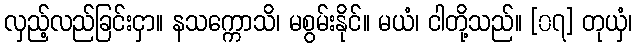
လှည့်လည်ခြင်းငှာ။ နသက္ကောသိ၊ မစွမ်းနိုင်။ မယံ၊ ငါတို့သည်။ [၀၇] တုယှံ၊